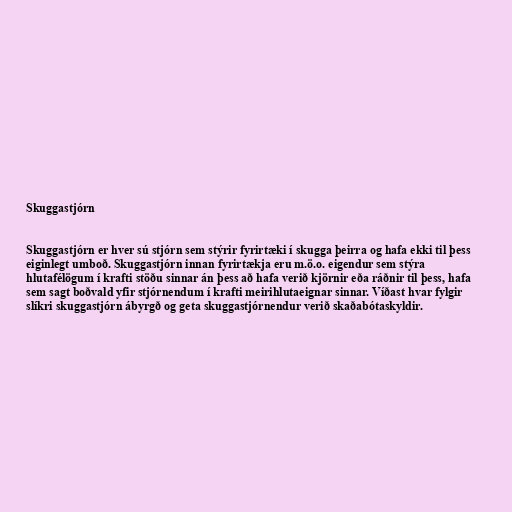
Skuggastjórn

Skuggastjórn er hver sú stjórn sem stýrir fyrirtæki í skugga þeirra og hafa ekki til þess
eiginlegt umboð. Skuggastjórn innan fyrirtækja eru m.ö.o. eigendur sem stýra
hlutafélögum í krafti stöðu sinnar án þess að hafa verið kjörnir eða ráðnir til þess, hafa
sem sagt boðvald yfir stjórnendum í krafti meirihlutaeignar sinnar. Víðast hvar fylgir
slíkri skuggastjórn ábyrgð og geta skuggastjórnendur verið skaðabótaskyldir.